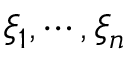
\xi _ { 1 } , \cdots , \xi _ { n }